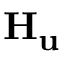
\mathbf { H } _ { \mathbf { u } }